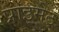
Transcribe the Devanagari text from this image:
प्राइमेट्